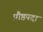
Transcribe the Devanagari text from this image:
प्रौष्ठपदा